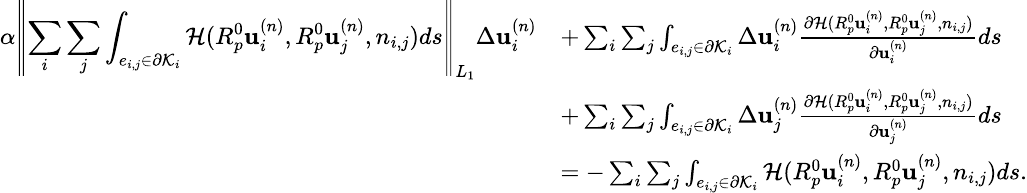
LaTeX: \small\begin{array}{rl}{\displaystyle\alpha\left|\! \left|\sum_{i}\sum_{j}\int_{e_{i,j}\in\partial\mathcal{K}_{i}}\mathcal{H}(R_{p}^{0}\mathbf{u}_{i}^{(n)},R_{p}^{0}\mathbf{u}_{j}^{(n)},n_{i,j})ds\right|\! \right|_{L_{1}}\Delta\mathbf{u}_{i}^{(n)}}&{+\sum_{i}\sum_{j}\int_{e_{i,j}\in\partial\mathcal{K}_{i}}\Delta\mathbf{u}_{i}^{(n)}\frac{\partial\mathcal{H}(R_{p}^{0}\mathbf{u}_{i}^{(n)},R_{p}^{0}\mathbf{u}_{j}^{(n)},n_{i,j})}{\partial\mathbf{u}_{i}^{(n)}}ds}\\ &{+\sum_{i}\sum_{j}\int_{e_{i,j}\in\partial\mathcal{K}_{i}}\Delta\mathbf{u}_{j}^{(n)}\frac{\partial\mathcal{H}(R_{p}^{0}\mathbf{u}_{i}^{(n)},R_{p}^{0}\mathbf{u}_{j}^{(n)},n_{i,j})}{\partial\mathbf{u}_{j}^{(n)}}ds}\\ &{=-\sum_{i}\sum_{j}\int_{e_{i,j}\in\partial\mathcal{K}_{i}}\mathcal{H}(R_{p}^{0}\mathbf{u}_{i}^{(n)},R_{p}^{0}\mathbf{u}_{j}^{(n)},n_{i,j})ds.}\end{array}